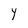
Character: Y